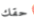
حقك